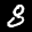
Label: 8